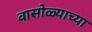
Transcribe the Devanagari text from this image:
वासोळ्याच्या